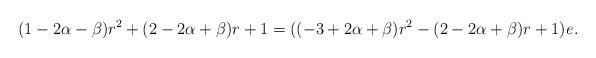
LaTeX: \begin{align*}(1-2\alpha-\beta)r^2+(2-2\alpha+\beta)r+1=((-3+2\alpha+\beta)r^2-(2-2\alpha+\beta)r+1)\mathit{e}.\end{align*}